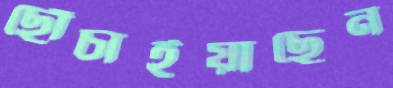
ছোঁচাইয়াছেন